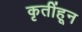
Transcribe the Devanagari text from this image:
कृतींहून